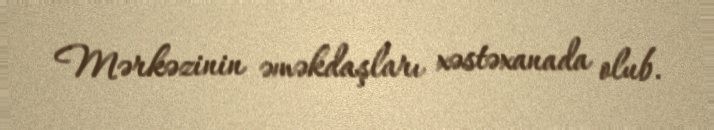
Mərkəzinin əməkdaşları xəstəxanada olub.